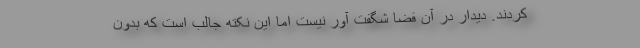
کردند. دیدار در آن فضا شگفت آور نیست اما این نکته جالب است که بدون